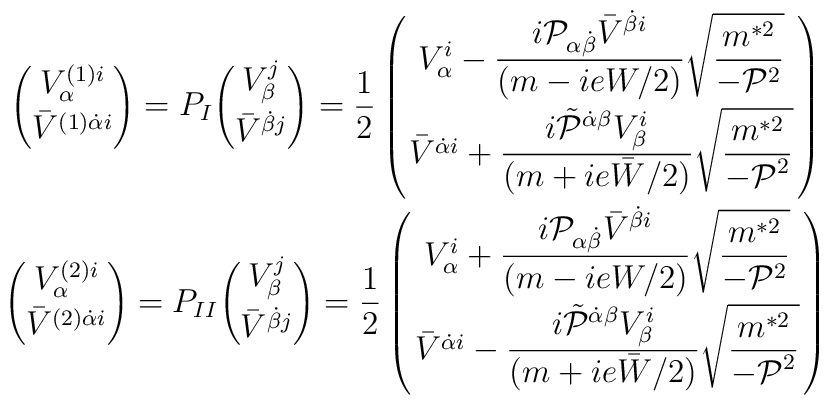
\begin{array}{c}{\displaystyle {V^{(1)i}_\alpha\choose\bar V^{(1)\dot\alpha i}}=P_I{V^j_\beta\choose\bar V^{\dot\beta j}}=\frac12\left(V^i_\alpha-{\displaystyle \frac{i{\cal P}_{\alpha\dot\beta}\bar V^{\dot\beta i}}{(m-ieW/2)}\sqrt{\frac{m^{*2}}{-{\cal P}^2}}}\atop\bar V^{\dot\alpha i}+{\displaystyle \frac{i\tilde{\cal P}^{\dot\alpha\beta}V^i_\beta}{(m+ie\bar W/2)}\sqrt{\frac{m^{*2}}{{-\cal P}^2}}}\right)}\\[1.0cm]{\displaystyle{V^{(2)i}_\alpha\choose\bar V^{(2)\dot\alpha i}}=P_{II}{V^j_\beta\choose\bar V^{\dot\beta j}}=\frac12\left(V^i_\alpha+{\displaystyle\frac{i{\cal P}_{\alpha\dot\beta}\bar V^{\dot\beta i}}{(m-ieW/2)}\sqrt{\frac{m^{*2}}{-{\cal P}^2}}}\atop\bar V^{\dot\alpha i}-{\displaystyle\frac{i\tilde{\cal P}^{\dot\alpha\beta}V^i_\beta}{(m+ie\bar W/2)}\sqrt{\frac{m^{*2}}{{-\cal P}^2}}}\right)}\end{array}